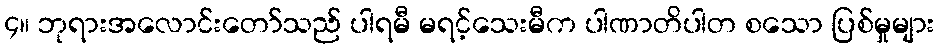
၄။ ဘုရားအလောင်းတော်သည် ပါရမီ မရင့်သေးမီက ပါဏာတိပါတ စသော ပြစ်မှုများ